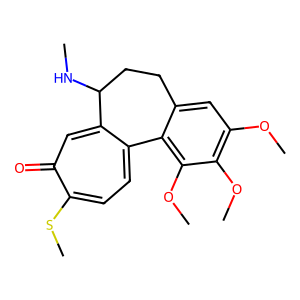
SMILES: CNC1CCc2cc(OC)c(OC)c(OC)c2-c2ccc(SC)c(=O)cc21
Inhibits HIV replication: No